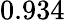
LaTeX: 0.934